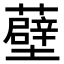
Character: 𧂸